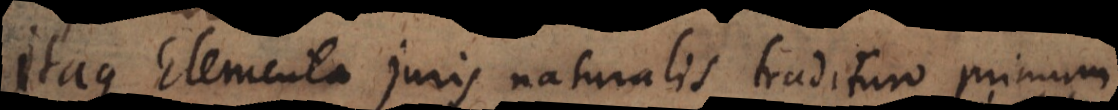
Itaque Elementa juris naturalis tradituro, primum